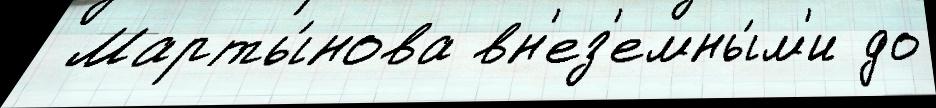
 Марты́нова вн'ез'емны́м'и до